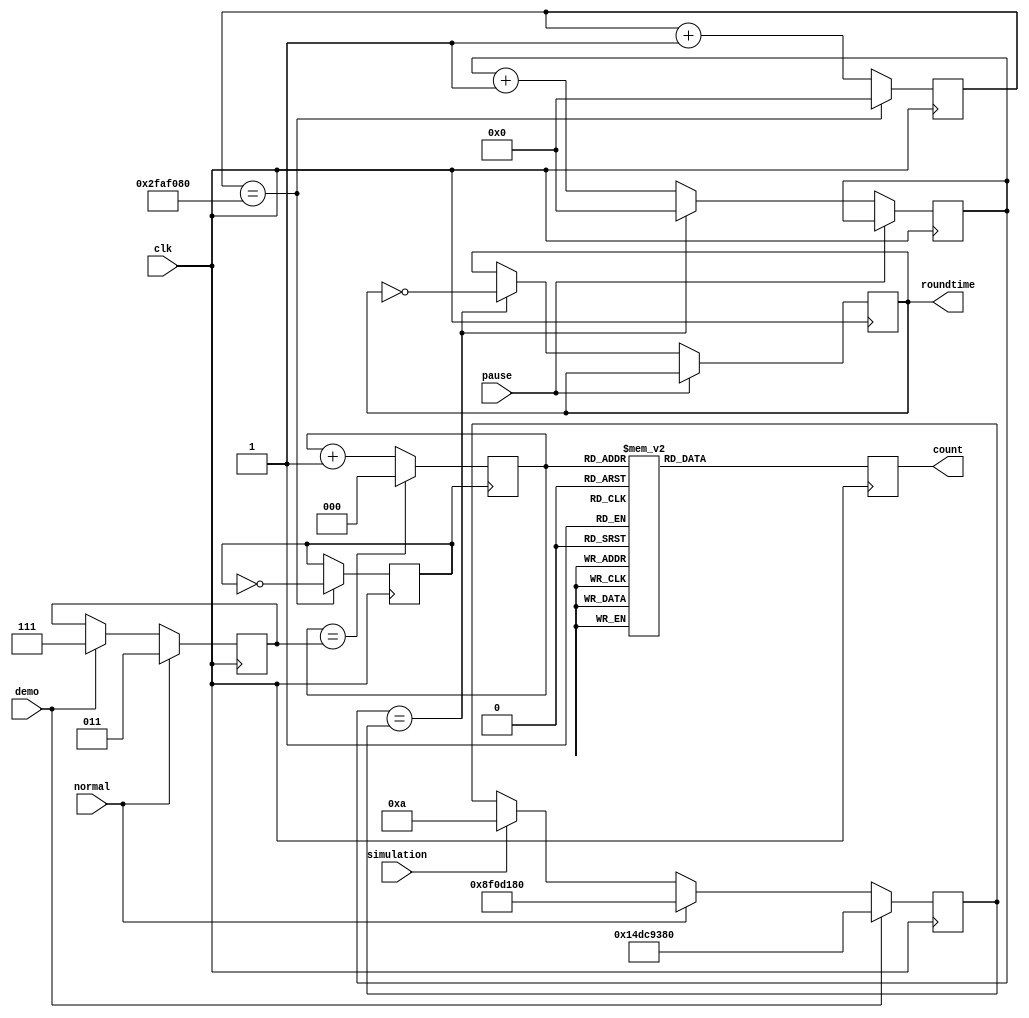
`timescale 1ns / 1ps



module set_roundtime(
    input clk,
    input pause,
    input normal,demo,simulation,
    output roundtime,
    output reg [6:0] count
    );
    
reg [30:0] max_counter = 30'd700000000;
 //set value of max_counter 
always@(posedge clk)begin
if(demo) max_counter<=30'd350000000;//7 sec interval
else begin 
if (normal) max_counter<=30'd150000000;//3 sec interval
else if (simulation) max_counter<=30'd10;//<<1 sec interval
end
end

//count based on the value of max_counter
reg [29:0] counter=0;  
reg slowclock=0;     
always@(posedge clk)begin
if(pause==0)begin
    if (counter==max_counter) begin
    slowclock=~slowclock;
    counter<=0;
    end
    else counter<=counter+29'd1;
end 
end

//set value of max_countdown based on the inputs
reg [2:0] max_countdown = 3'd7;
always@(posedge clk)
begin
 if(normal)
    max_countdown = 3'd3; //
 else if(demo)
    max_countdown = 3'd7;
end

reg sec_clock=0;//1Hz frequency
reg [29:0] onesec=0;
always@(posedge clk)begin
if (onesec==30'd50000000) begin
    sec_clock=~sec_clock;
    onesec<=0;
    end
    else onesec<=onesec+29'd1;
end

//increase countdown until max_countdown reached
reg [2:0] countdown = 0;
always@(posedge sec_clock)
begin
    if(countdown == max_countdown)
        countdown <= 0;
    else
        countdown <= countdown + 1;
end

//assign LEDs to the values of countdown
always@(posedge clk)begin
case(countdown)
3'd0: count<=7'b0000000;
3'd1: count<=7'b1000000;
3'd2: count<=7'b1100000;
3'd3: count<=7'b1110000;
3'd4: count<=7'b1111000;
3'd5: count<=7'b1111100;
3'd6: count<=7'b1111110;
3'd7: count<=7'b1111111;
endcase
end

assign roundtime=slowclock;   
    
endmodule